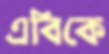
এবিকে